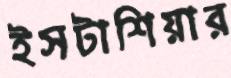
ইসটাশিয়ার